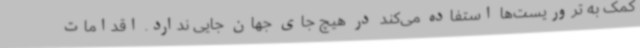
کمک به تروریست‌ها استفاده می‌کند در هیچ جای جهان جایی ندارد. اقدامات